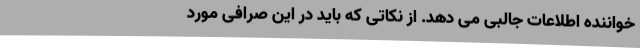
خواننده اطلاعات جالبی می دهد. از نکاتی که باید در این صرافی مورد